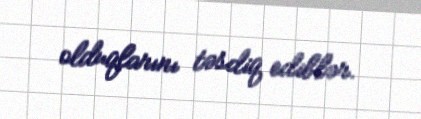
olduqlarını təsdiq ediblər.